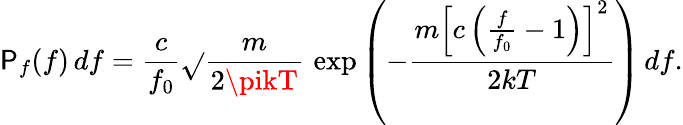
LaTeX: \mathsf{P}_{f}(f)\, df={\frac{{c}}{{f_{0}}}}{\sqrt{}{{\frac{{m}}{{2\pikT}}}}}\, \exp\left(-{\frac{{m\left[c\left({\frac{{f}}{{f_{0}}}}-1\right)\right]^{2}}}{{2kT}}}\right)\, df.